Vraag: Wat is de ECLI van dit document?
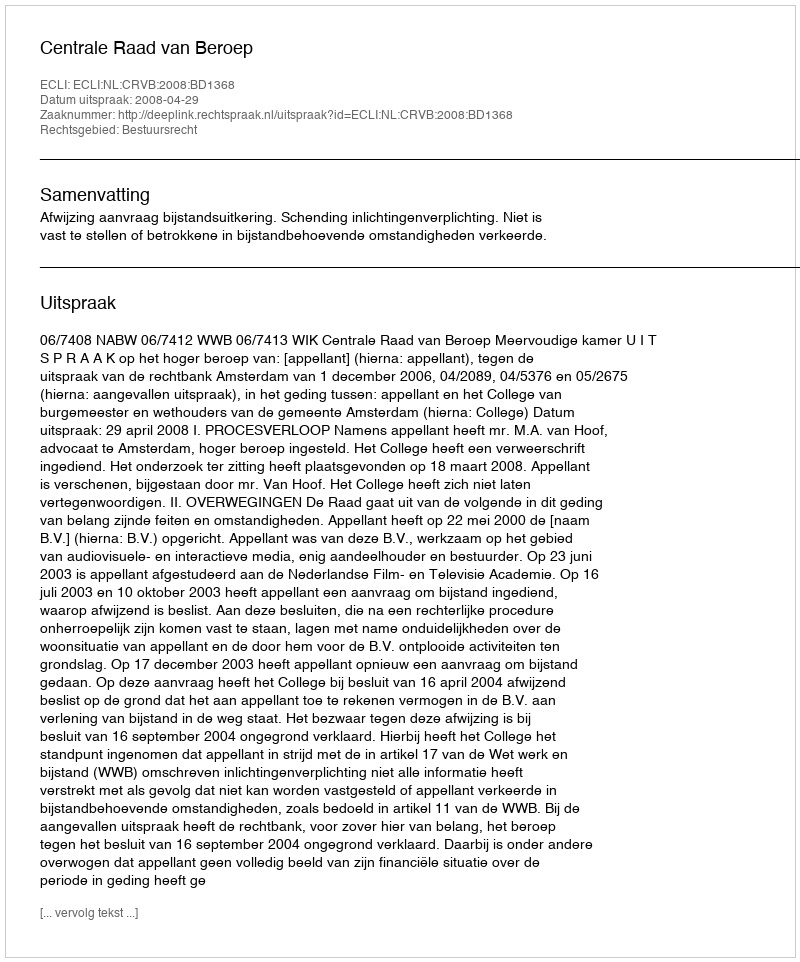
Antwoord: ECLI:NL:CRVB:2008:BD1368